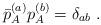
LaTeX: \begin{align*}\bar p_A^{(a)} p_A^{(b)} = \delta_{ab} \, \,.\end{align*}